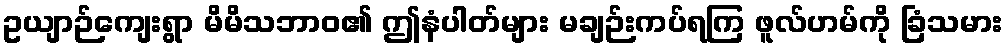
ဥယျာဉ်ကျေးရွာ မိမိသဘာဝ၏ ဤနံပါတ်များ မချဉ်းကပ်ရကြ ဖူလ်ဟမ်ကို ခြံသမား